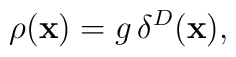
\rho({\bf x})=g\,\delta^{D}({\bf x}),